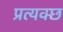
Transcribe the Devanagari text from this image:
प्रत्यक्छ